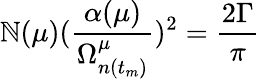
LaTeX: \mathbb{N}(\mu)(\frac{{\alpha(\mu)}}{{\Omega_{n(t_{m})}^{\mu}}})^{2}=\frac{{2\Gamma}}{{\pi}}